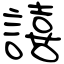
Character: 譆